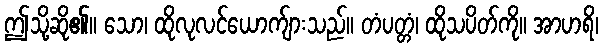
ဤသို့ဆို၏။ သော၊ ထိုလုလင်ယောက်ျားသည်။ တံပတ္တံ၊ ထိုသပိတ်ကို။ အာဟရိ၊